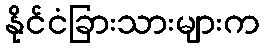
နိုင်ငံခြားသားများက